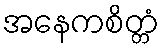
အနေကစိတ္တံ